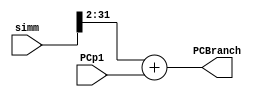
`timescale 1ns / 1ps
//////////////////////////////////////////////////////////////////////////////////
// Company: 
// Engineer: 
// 
// Design Name: 
// Module Name: PCAdder
// Project Name: 
// Target Devices: 
// Tool Versions: 
// Description: 
// 
// Dependencies: 
// 
// Revision:
// Revision 0.01 - File Created
// Additional Comments:
// 
//////////////////////////////////////////////////////////////////////////////////


/// PCBranch Adder ///
module PCAdder(
input [31 : 0]simm, PCp1,
output reg [31 : 0] PCBranch
);


always @(*) begin
    PCBranch <= (simm >> 2) + PCp1;
end

endmodule